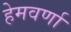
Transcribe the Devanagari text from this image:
हेमवर्णा